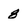
Character: 8